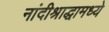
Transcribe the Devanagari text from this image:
नांदीश्राद्धामध्ये